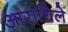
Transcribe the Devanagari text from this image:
आराधिले